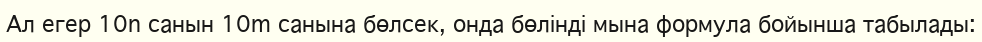
Ал егер 10n санын 10m санына бөлсек, онда бөлінді мына формула бойынша табылады: